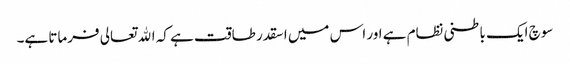
سوچ ایک باطنی نظام ہے اور اس میں اسقدر طاقت ہے کہ الله تعالی فرماتا ہے۔